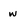
Character: w